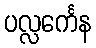
ပလ္လင်္ကေန